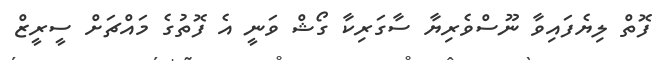
ފޮތް ލިޔެފައިވާ ނޫސްވެރިޔާ ސާގަރިކާ ގޯޝް ވަނީ އެ ފޮތުގެ މައްޗަށް ސީރީޒް